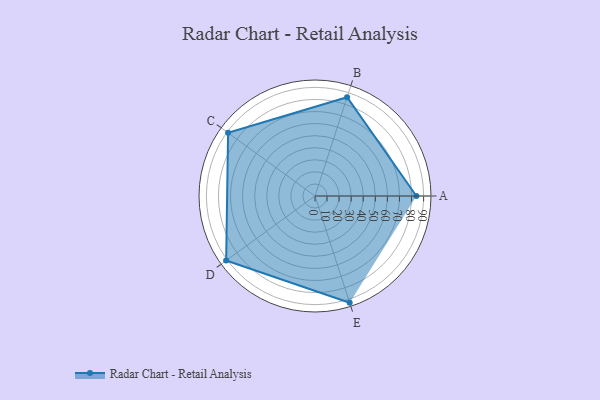
{"axis": {"x": "Skill", "y": "Score"}, "legend": ["Profile"], "data": [{"x": "A", "y": 84.0, "type": "Profile"}, {"x": "B", "y": 86.0, "type": "Profile"}, {"x": "C", "y": 89.0, "type": "Profile"}, {"x": "D", "y": 91.0, "type": "Profile"}, {"x": "E", "y": 93.0, "type": "Profile"}]}